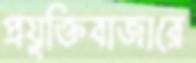
প্রযুক্তিবাজারে